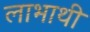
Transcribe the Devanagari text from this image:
लाभाथी